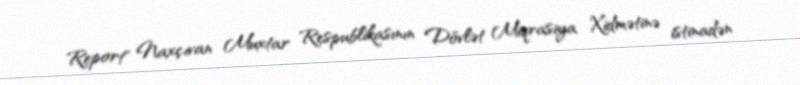
Report" Naxçıvan Muxtar Respublikasının Dövlət Miqrasiya Xidmətinə istinadən